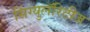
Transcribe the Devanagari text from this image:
सिंग्युलॅरिटीज